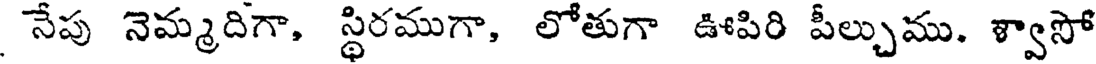
నేపు నెమ్మదిగా, స్థిరముగా, లోతుగా ఊపిరి పీల్చుము. ళ్వాసో